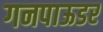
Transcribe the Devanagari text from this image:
गनपाऊडर